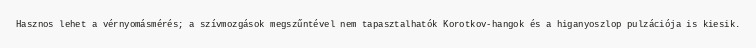
Hasznos lehet a vérnyomásmérés; a szívmozgások megszűntével nem tapasztalhatók Korotkov-hangok és a higanyoszlop pulzációja is kiesik.